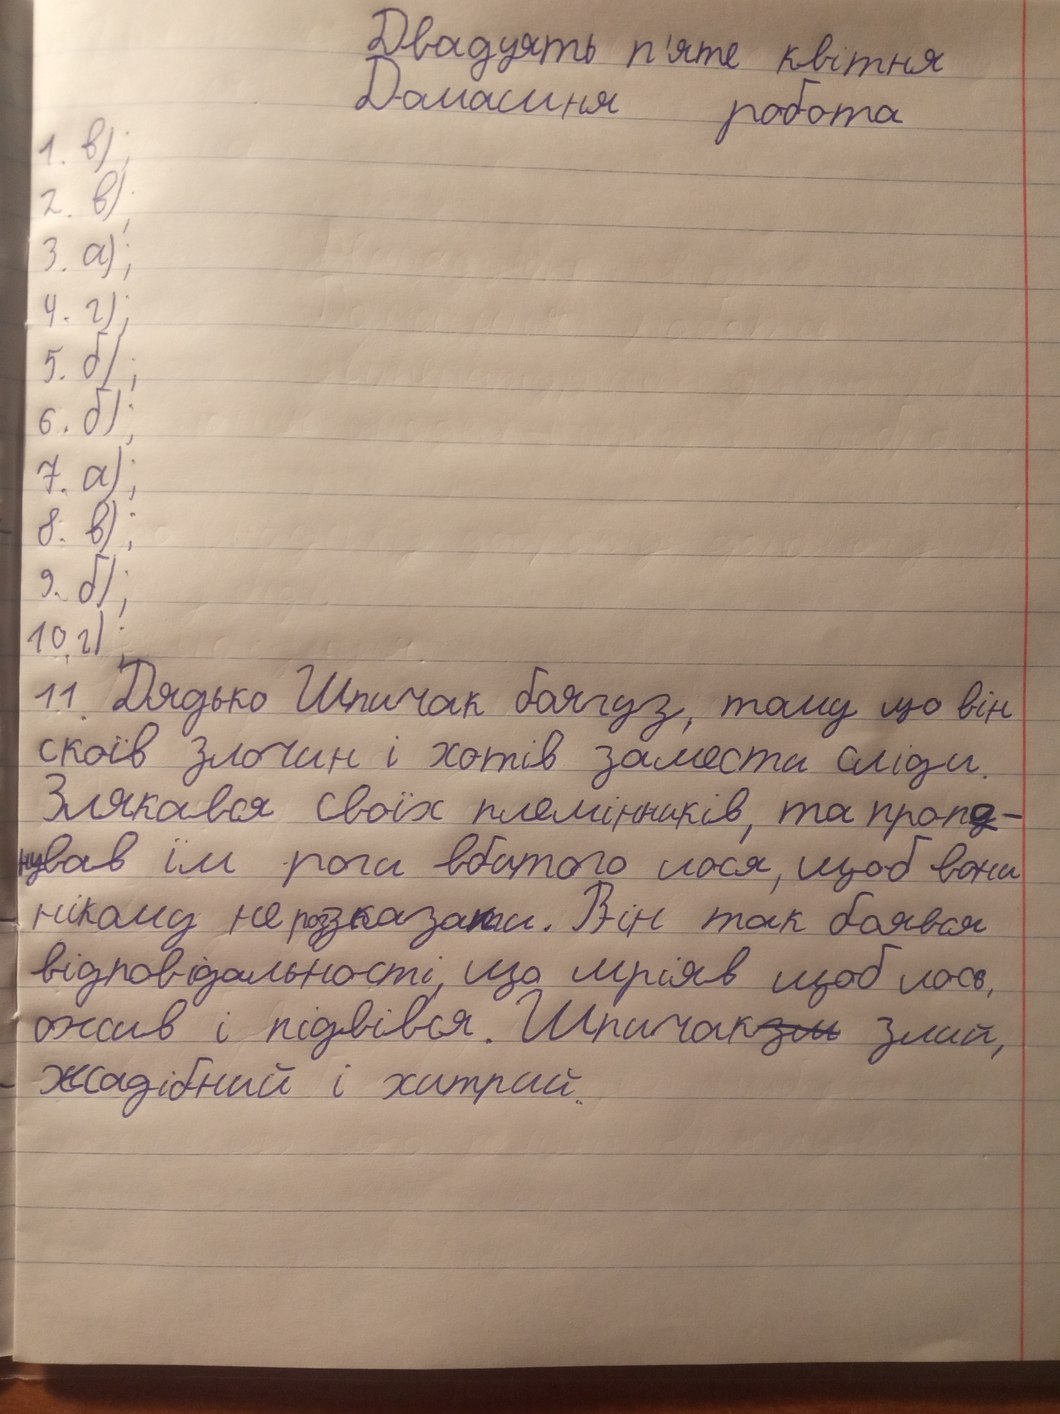
Двадцять п'яте квітня
Домашня робота
1. в);
2. в);
3. a);
4. г);
5. б);
6. б);
7. a);
8. в);
9. б);
10. г);
11. Дядько Шпичак боягуз, тому що він
скоїв злочин і хотів замести сліди.
Злякався своїх племінників, та пропа-
нував їм роги вбитого лося, щоб вони
нікому не роззказати. Він так боявся
відповідальності, що мріяв щоб лось,
ожив і підвівся. Шпичак~~зм~~ був злий,
Жадібний і хитрий.